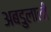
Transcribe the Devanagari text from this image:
अबडुलाली